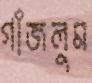
গাঁজলুম